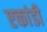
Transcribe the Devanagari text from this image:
एकांडी